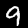
Label: 9